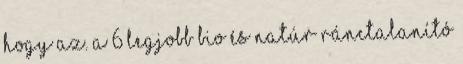
hogy az. A 6 legjobb bio és natúr ránctalanító